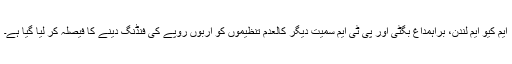
ایم کیو ایم لندن، براہمداغ بگٹی اور پی ٹی ایم سمیت دیگر کالعدم تنظیموں کو اربوں روپے کی فنڈنگ دینے کا فیصلہ کر لیا گیا ہے۔